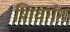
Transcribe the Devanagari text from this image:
शिवगंग